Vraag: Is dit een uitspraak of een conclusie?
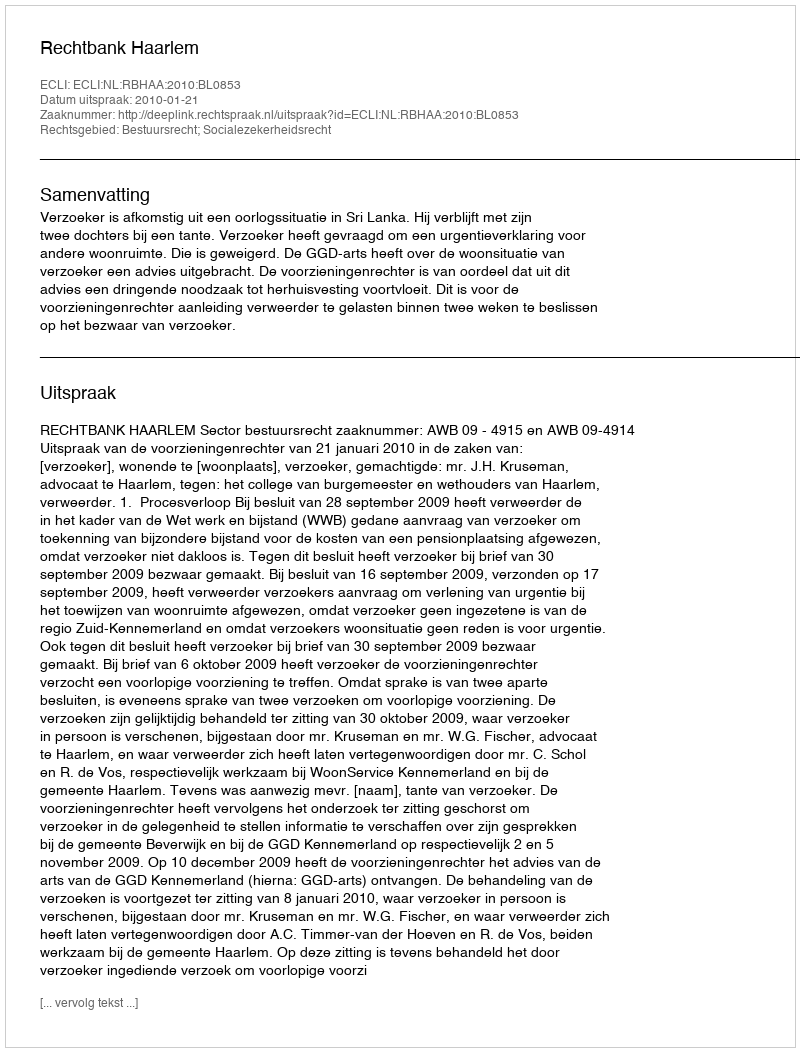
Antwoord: Uitspraak